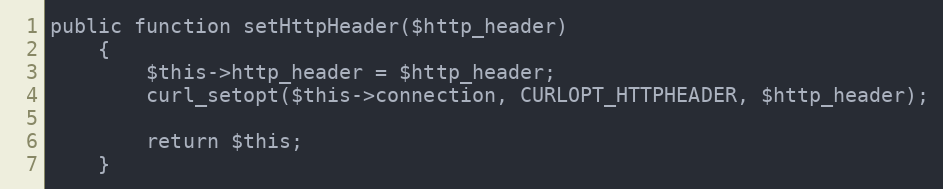
Language: PHP
public function setHttpHeader($http_header)
    {
        $this->http_header = $http_header;
        curl_setopt($this->connection, CURLOPT_HTTPHEADER, $http_header);

        return $this;
    }